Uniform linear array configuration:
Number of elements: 4
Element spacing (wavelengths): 1
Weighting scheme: blackman
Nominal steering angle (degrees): -30
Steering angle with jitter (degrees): -30.196
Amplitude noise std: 0.05
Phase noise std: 0.05

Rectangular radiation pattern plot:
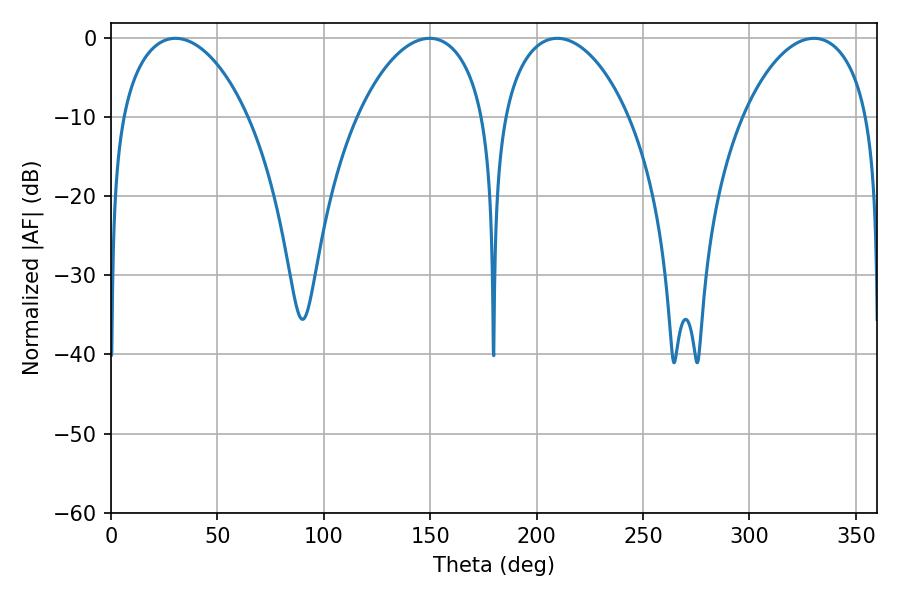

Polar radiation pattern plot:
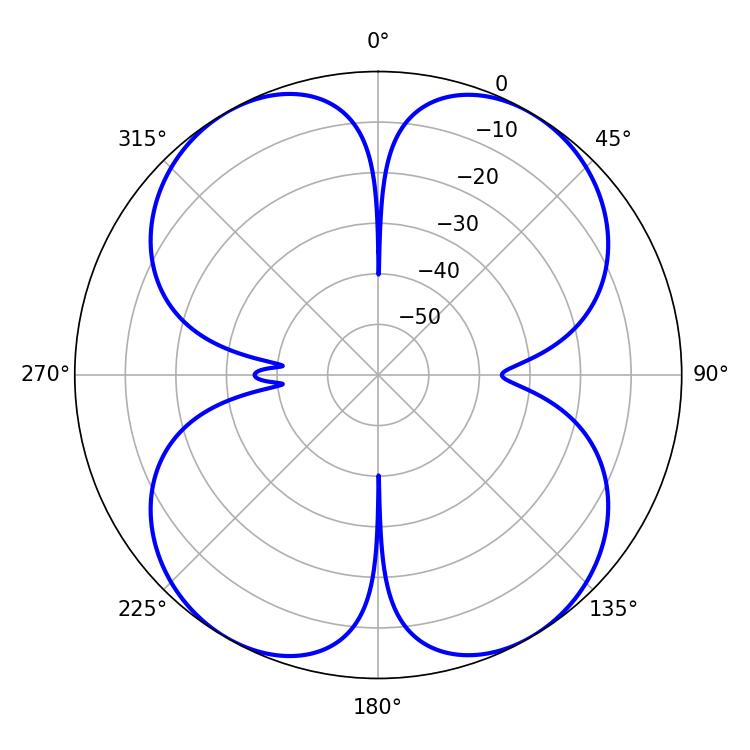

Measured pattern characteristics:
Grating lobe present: TRUE
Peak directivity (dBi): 20.256
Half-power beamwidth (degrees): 33.84
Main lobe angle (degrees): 209.7